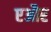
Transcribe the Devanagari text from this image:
एऔर